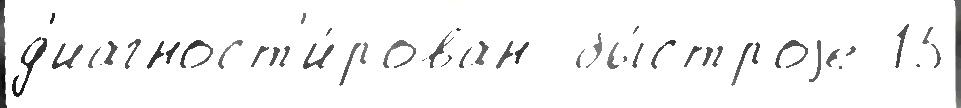
д'иагност'и́рован  бы́строjе 15